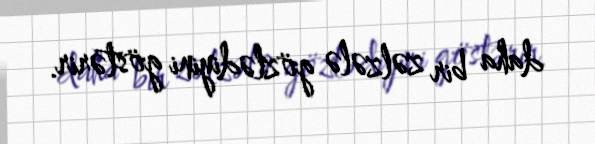
daha bir zəlzələ gözlədiyini göstərir.